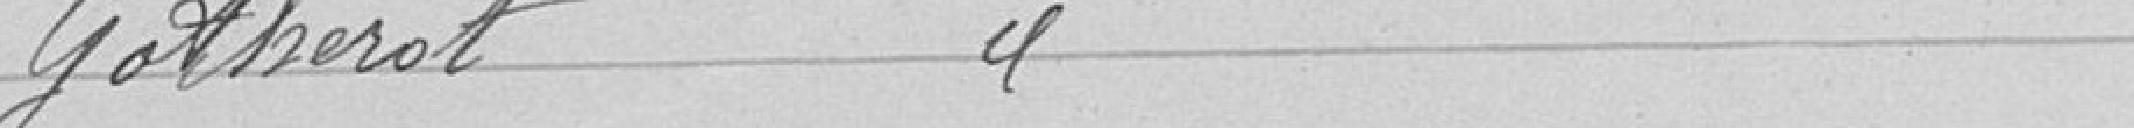
Gotherot "